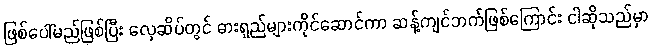
ဖြစ်ပေါ်မည်ဖြစ်ပြီး လှေဆိပ်တွင် ဓားရှည်များကိုင်ဆောင်ကာ ဆန့်ကျင်ဘက်ဖြစ်ကြောင်း ငါဆိုသည်မှာ